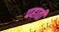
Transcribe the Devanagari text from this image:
पहाती